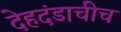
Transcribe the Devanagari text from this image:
देहदंडाचीच